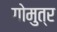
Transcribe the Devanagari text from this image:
गोमुत्र